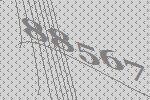
88567